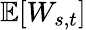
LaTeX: \mathbb{E}[W_{s,t}]